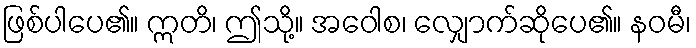
ဖြစ်ပါပေ၏။ ဣတိ၊ ဤသို့။ အဝေါစ၊ လျှောက်ဆိုပေ၏။ နဝမီ၊